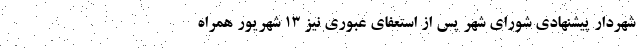
شهردار پیشنهادی شورای شهر پس از استعفای عبوری نیز ۱۳ شهریور همراه